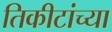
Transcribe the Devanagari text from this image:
तिकीटांच्या